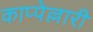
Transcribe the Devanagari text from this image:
काप्पेल्लारी